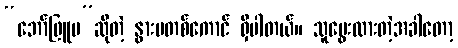
“ဘော်ဖြူမ”ဆိုတဲ့ နွားမတစ်ကောင် ရှိပါတယ်။ သူမွေးထားတဲ့အခါတော့